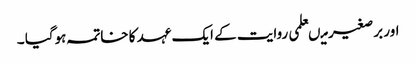
اور برصغیر میںعلمی روایت کے ایک عہد کا خاتمہ ہوگیا ۔